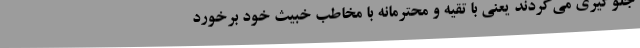
جلوگیری می‌کردند یعنی با تقیه و محترمانه با مخاطب خبیث خود برخورد